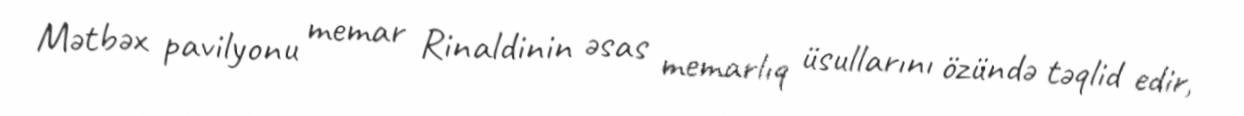
Mətbəx pavilyonu memar Rinaldinin əsas memarlıq üsullarını özündə təqlid edir,